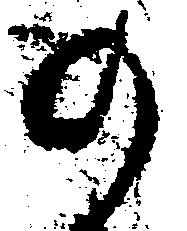
の